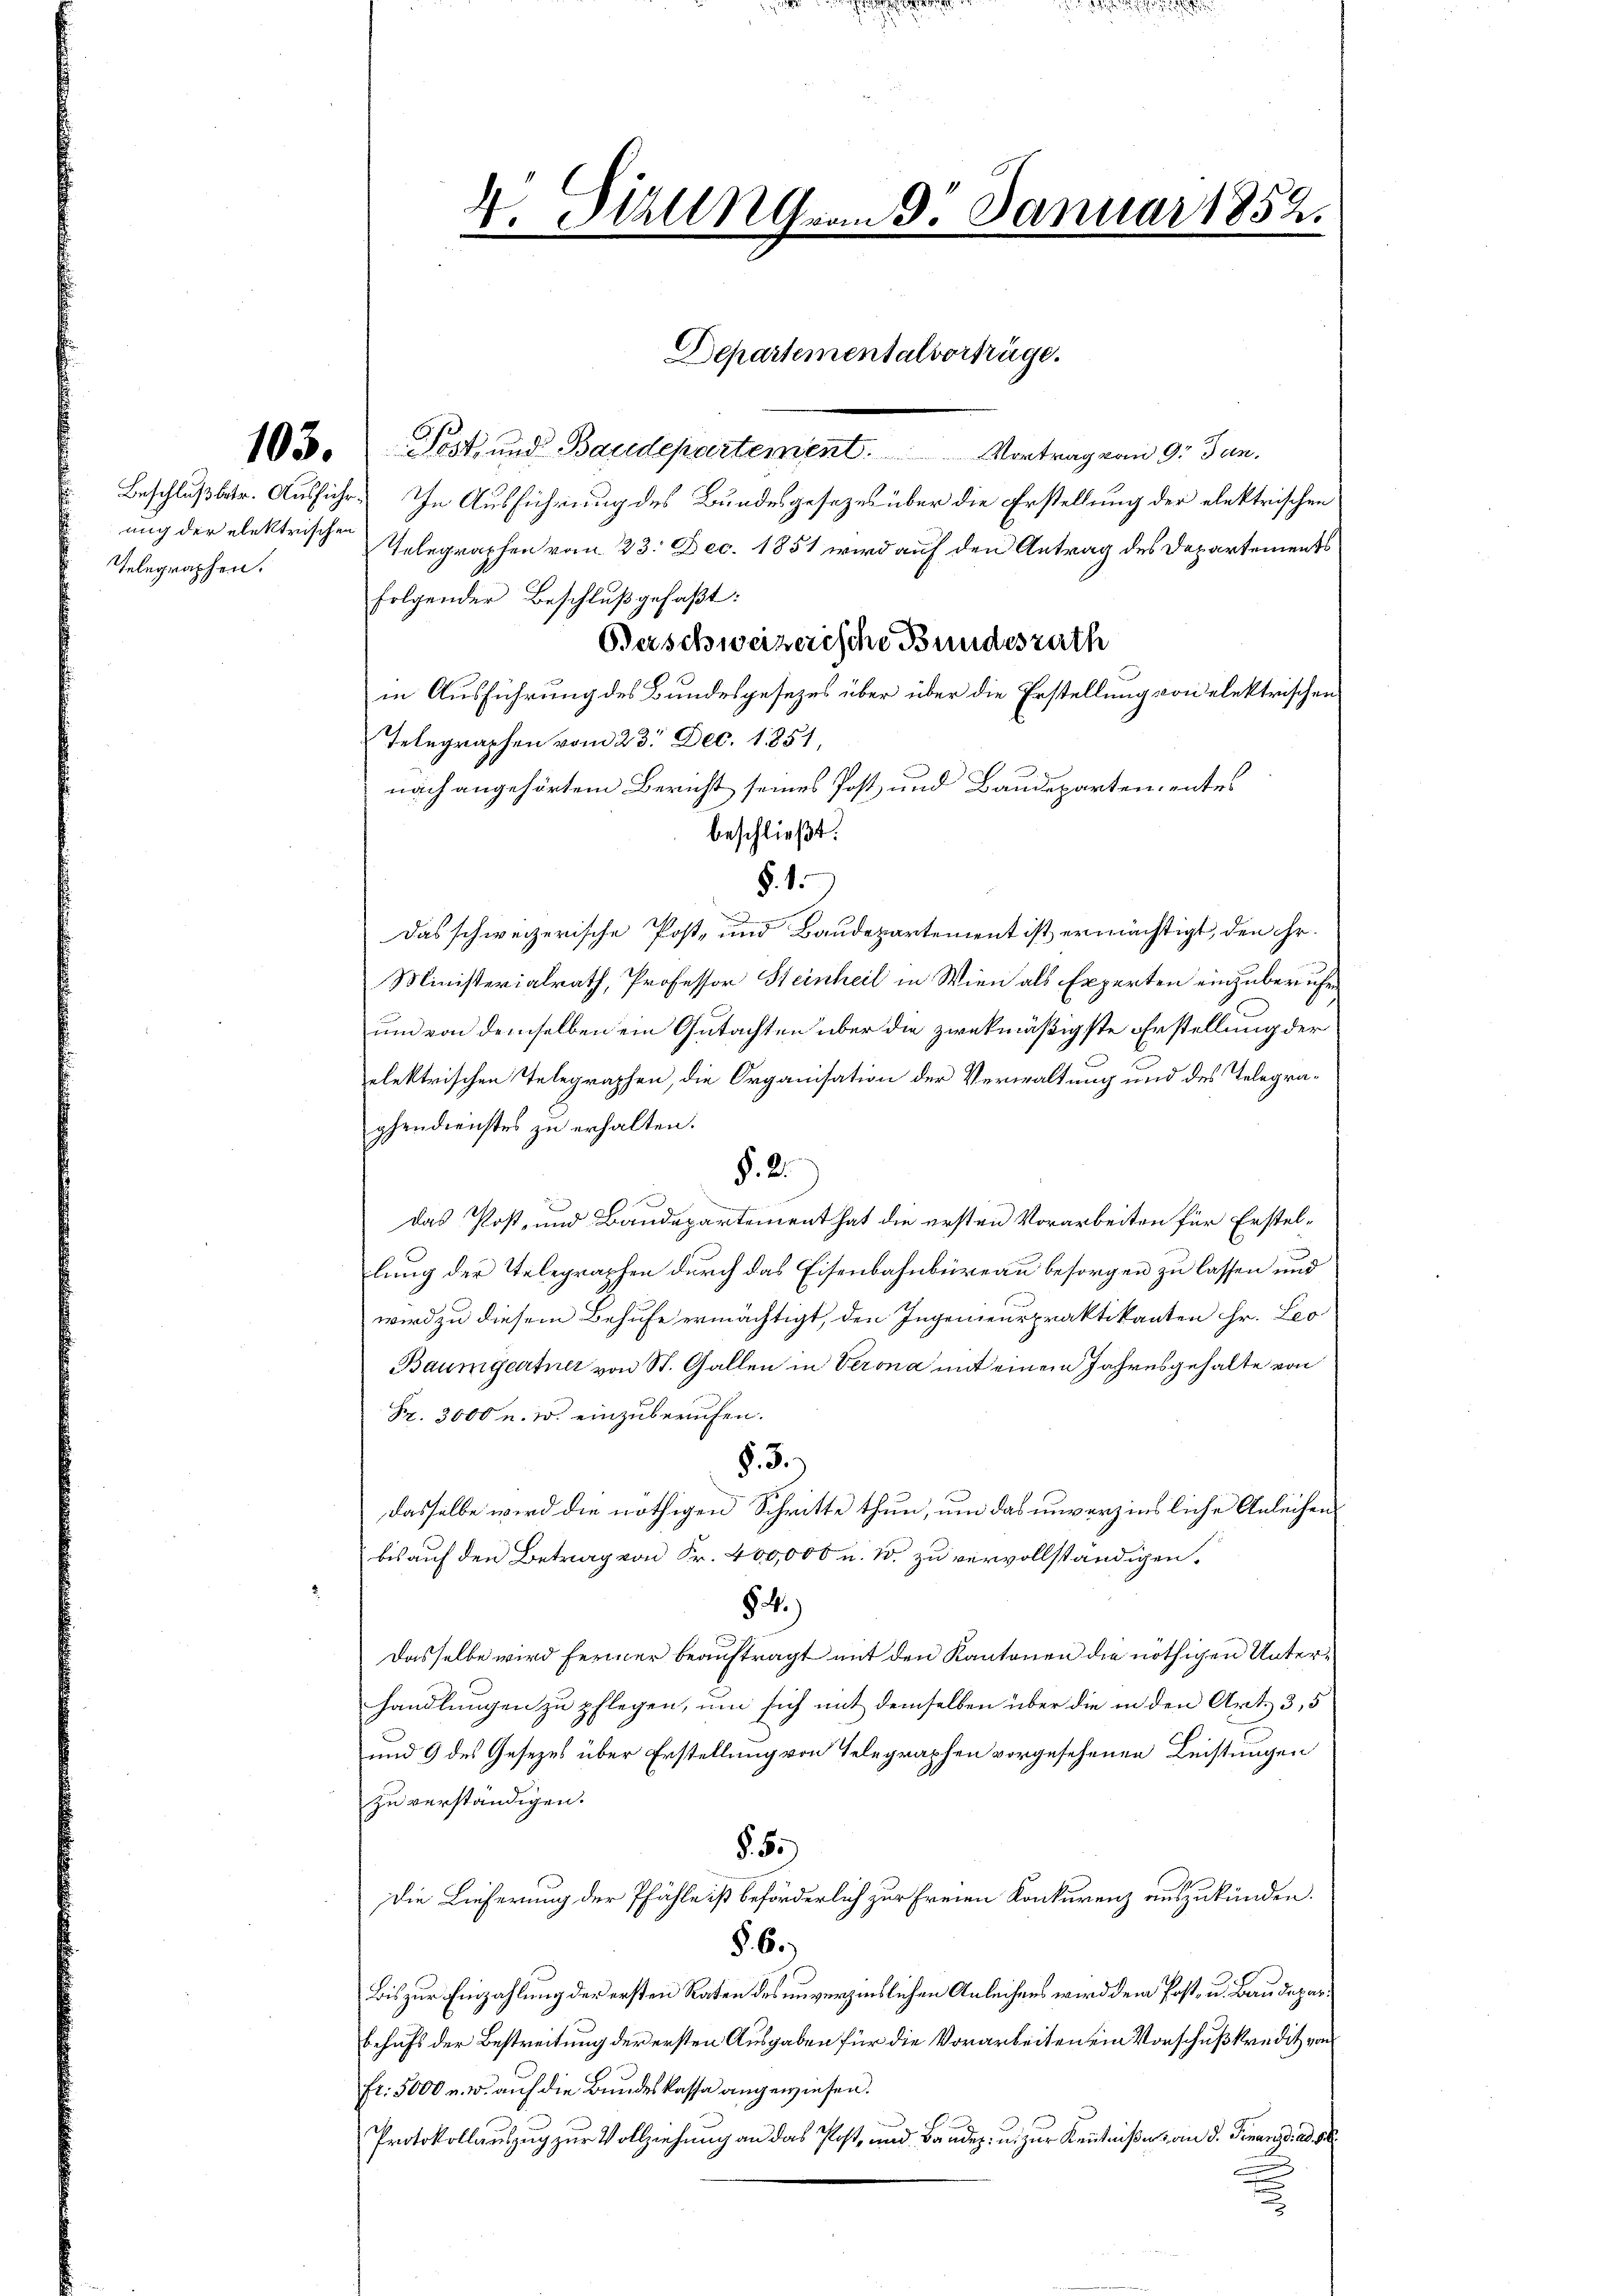
Telegraphen.

4. Sizung vom 9. Januar 1852.

Departementalvorträge.

d.

103. Post, und Baudepartement. Vortrag vom 9. Jun.
Beschluß betr. Ausfuhr. In Ausführung des Bundesgesezes über die Erstellung der elektrischen
uug der elektrischen Telegraphen vom 23. Dec. 1851 wird auf den Antrag des Departements
folgender Beschluß gefaßt:
Berschweizerische Bundesrath
in Ausführung des Bundesgesezes über über die Erstellung von elektrischen
Telegraphen vom 23. Dec. 1851,
nach angehörtem Bericht seines Post und Baudeparten, entes
beschließt:
§. 1.
Das schweizerische Post- und Baudepartement ist ermächtigt, den ihr.
Ministerialrath, Professor Steinheil in Wien als Experten einzuberuhen
un von demselben ein Gutachten über die zwekmäßigste Erstellung der
elektrischen Telegraphen, die Organisation der Verwaltung und des Telegrapendienstes zu erhalten.
§. 2.
das Post, und Baudepartement hat die ersten Vorarbeiten für Erstellung der Telegraphen durch das Eisenbahnbüreau besorgen zu lassen und
wird zu diesem Behufe ermächtigt, den Ingenieurpraktikanten Hr. Leo
Baumgartner von St. Gallen in Verona mit einem Jahresgehalte von
Fr. 3000 u. w. einzuberufen.
§. 3.)
dasselbe wird die nöthigen Schritte thun, um das unverzinsliche Anleihen
bis auf den Betrag von Fr. 400,000 u. 10. zu vervollständigen.
§. 4.)
Dasselbe wird ferner beauftragt mit den Kantonen die nöthigen Unterhandlungen zu pflegen, um sich mit demselben über die in den Art. 3,5
und 9 des Gesezes über Erstellung von Telegraphen vorgesehenen Leistungen
zu verständigen.
§. 5.)
Die Lieferung der Pfähle ist beförderlich zur Freien Konkurenz auszukünden.
§. 6.
Bis zur Einzahlung der ersten Raten des unverzinslichen Anleihens wird dem Post- u. Baudeparbehufs der Bestreitung der ersten Ausgaben für die Vorarbeiten ein Vorschußkredit von
fr. 5000 u. w. auf die Bundeskassa angewiesen.
Protokollauszug zur Vollziehung an das Post, und Bandes- u. zur Kenntnißes an d. Finanze. ad 1.